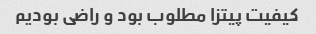
کیفیت پیتزا مطلوب بود و راضی بودیم